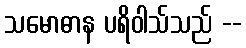
သမောဓာန ပရိဝါသ်သည် --